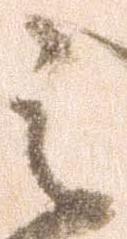
云